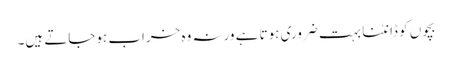
بچوں کو ڈانٹنا بہت ضروری ہوتا ہے ورنہ وہ خراب ہوجاتے ہیں۔